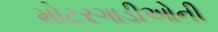
મોટરગાડીઓની